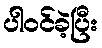
ပါဝင်ခဲ့ပြီး